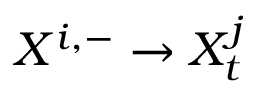
X ^ { i , - } \rightarrow X _ { t } ^ { j }